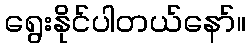
ရွေးနိုင်ပါတယ်နော်။